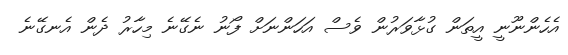
އެހެންނޫނީ އީތަން ގުޅާވަރުން ވެސް އަހަންނަށް ފޯނު ނެގޭނެ މިހާރު ދެން އެނގޭނެ